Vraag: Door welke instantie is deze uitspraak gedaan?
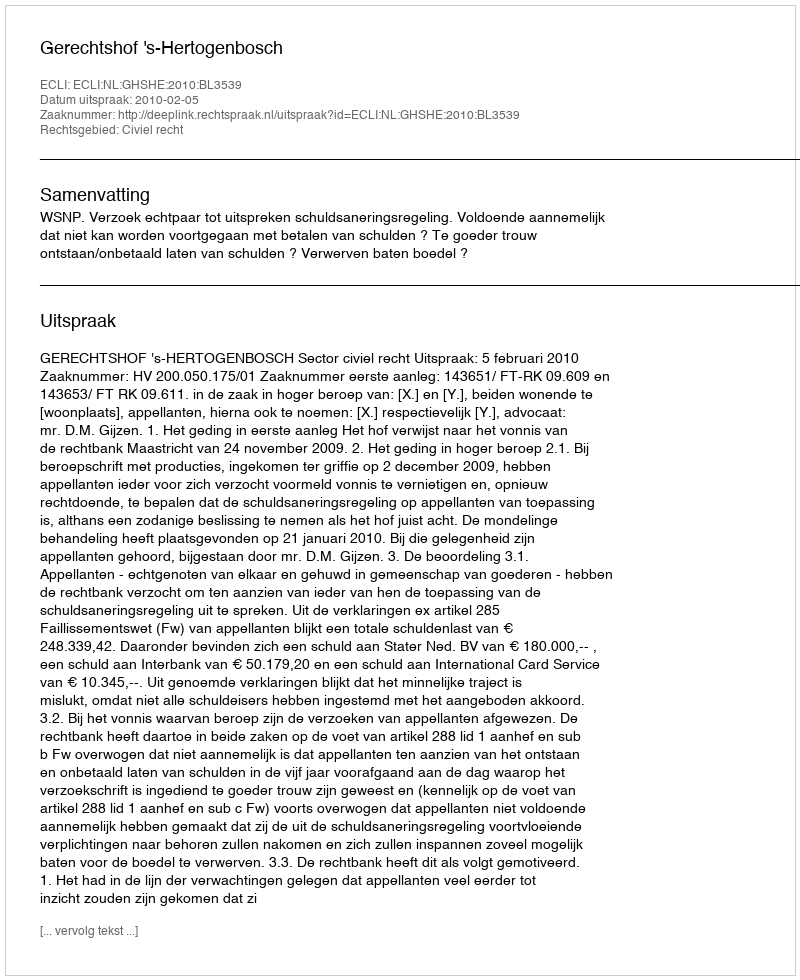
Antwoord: Gerechtshof 's-Hertogenbosch